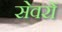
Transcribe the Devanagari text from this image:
सेवरों